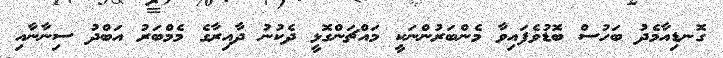
ގޮނޑިއާމެދު ބަހުސް ބޮޑުވެފައިވާ މެންބަރުންނަކީ މައްޗަންގޮޅީ ދެކުނު ދާއިރާގެ މެމްބަރު އަބްދު ސިނާނާއި